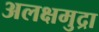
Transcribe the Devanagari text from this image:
अलक्षमुद्रा